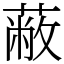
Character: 蔽